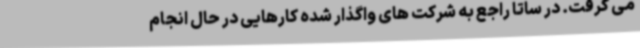
می گرفت. در ساتا راجع به شرکت های واگذار شده کارهایی در حال انجام